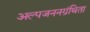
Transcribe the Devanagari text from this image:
अल्पजननग्रंथिता